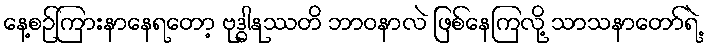
နေ့စဉ်ကြားနာနေရတော့ ဗုဒ္ဓါနုဿတိ ဘာဝနာလဲ ဖြစ်နေကြလို့ သာသနာတော်ရဲ့